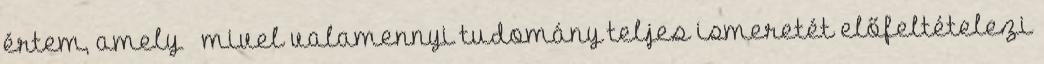
értem, amely – mivel valamennyi tudomány teljes ismeretét előfeltételezi